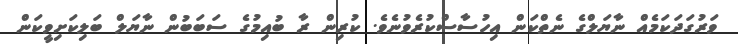
ވަރުގަދަކަމެއް ނާޔަލްގެ ނެތްކަން އިހުސާސްކުރެވުނެވެ. ކުރިން ރާ ބުއިމުގެ ސަބަބުން ނާޔަލް ބަލިކަށިވީކަން